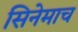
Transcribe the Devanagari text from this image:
सिनेमाच